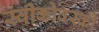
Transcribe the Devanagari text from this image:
स्वीकोवस्की